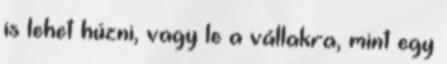
is lehet húzni, vagy le a vállakra, mint egy